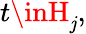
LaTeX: t\inH_{\mathit{j}},